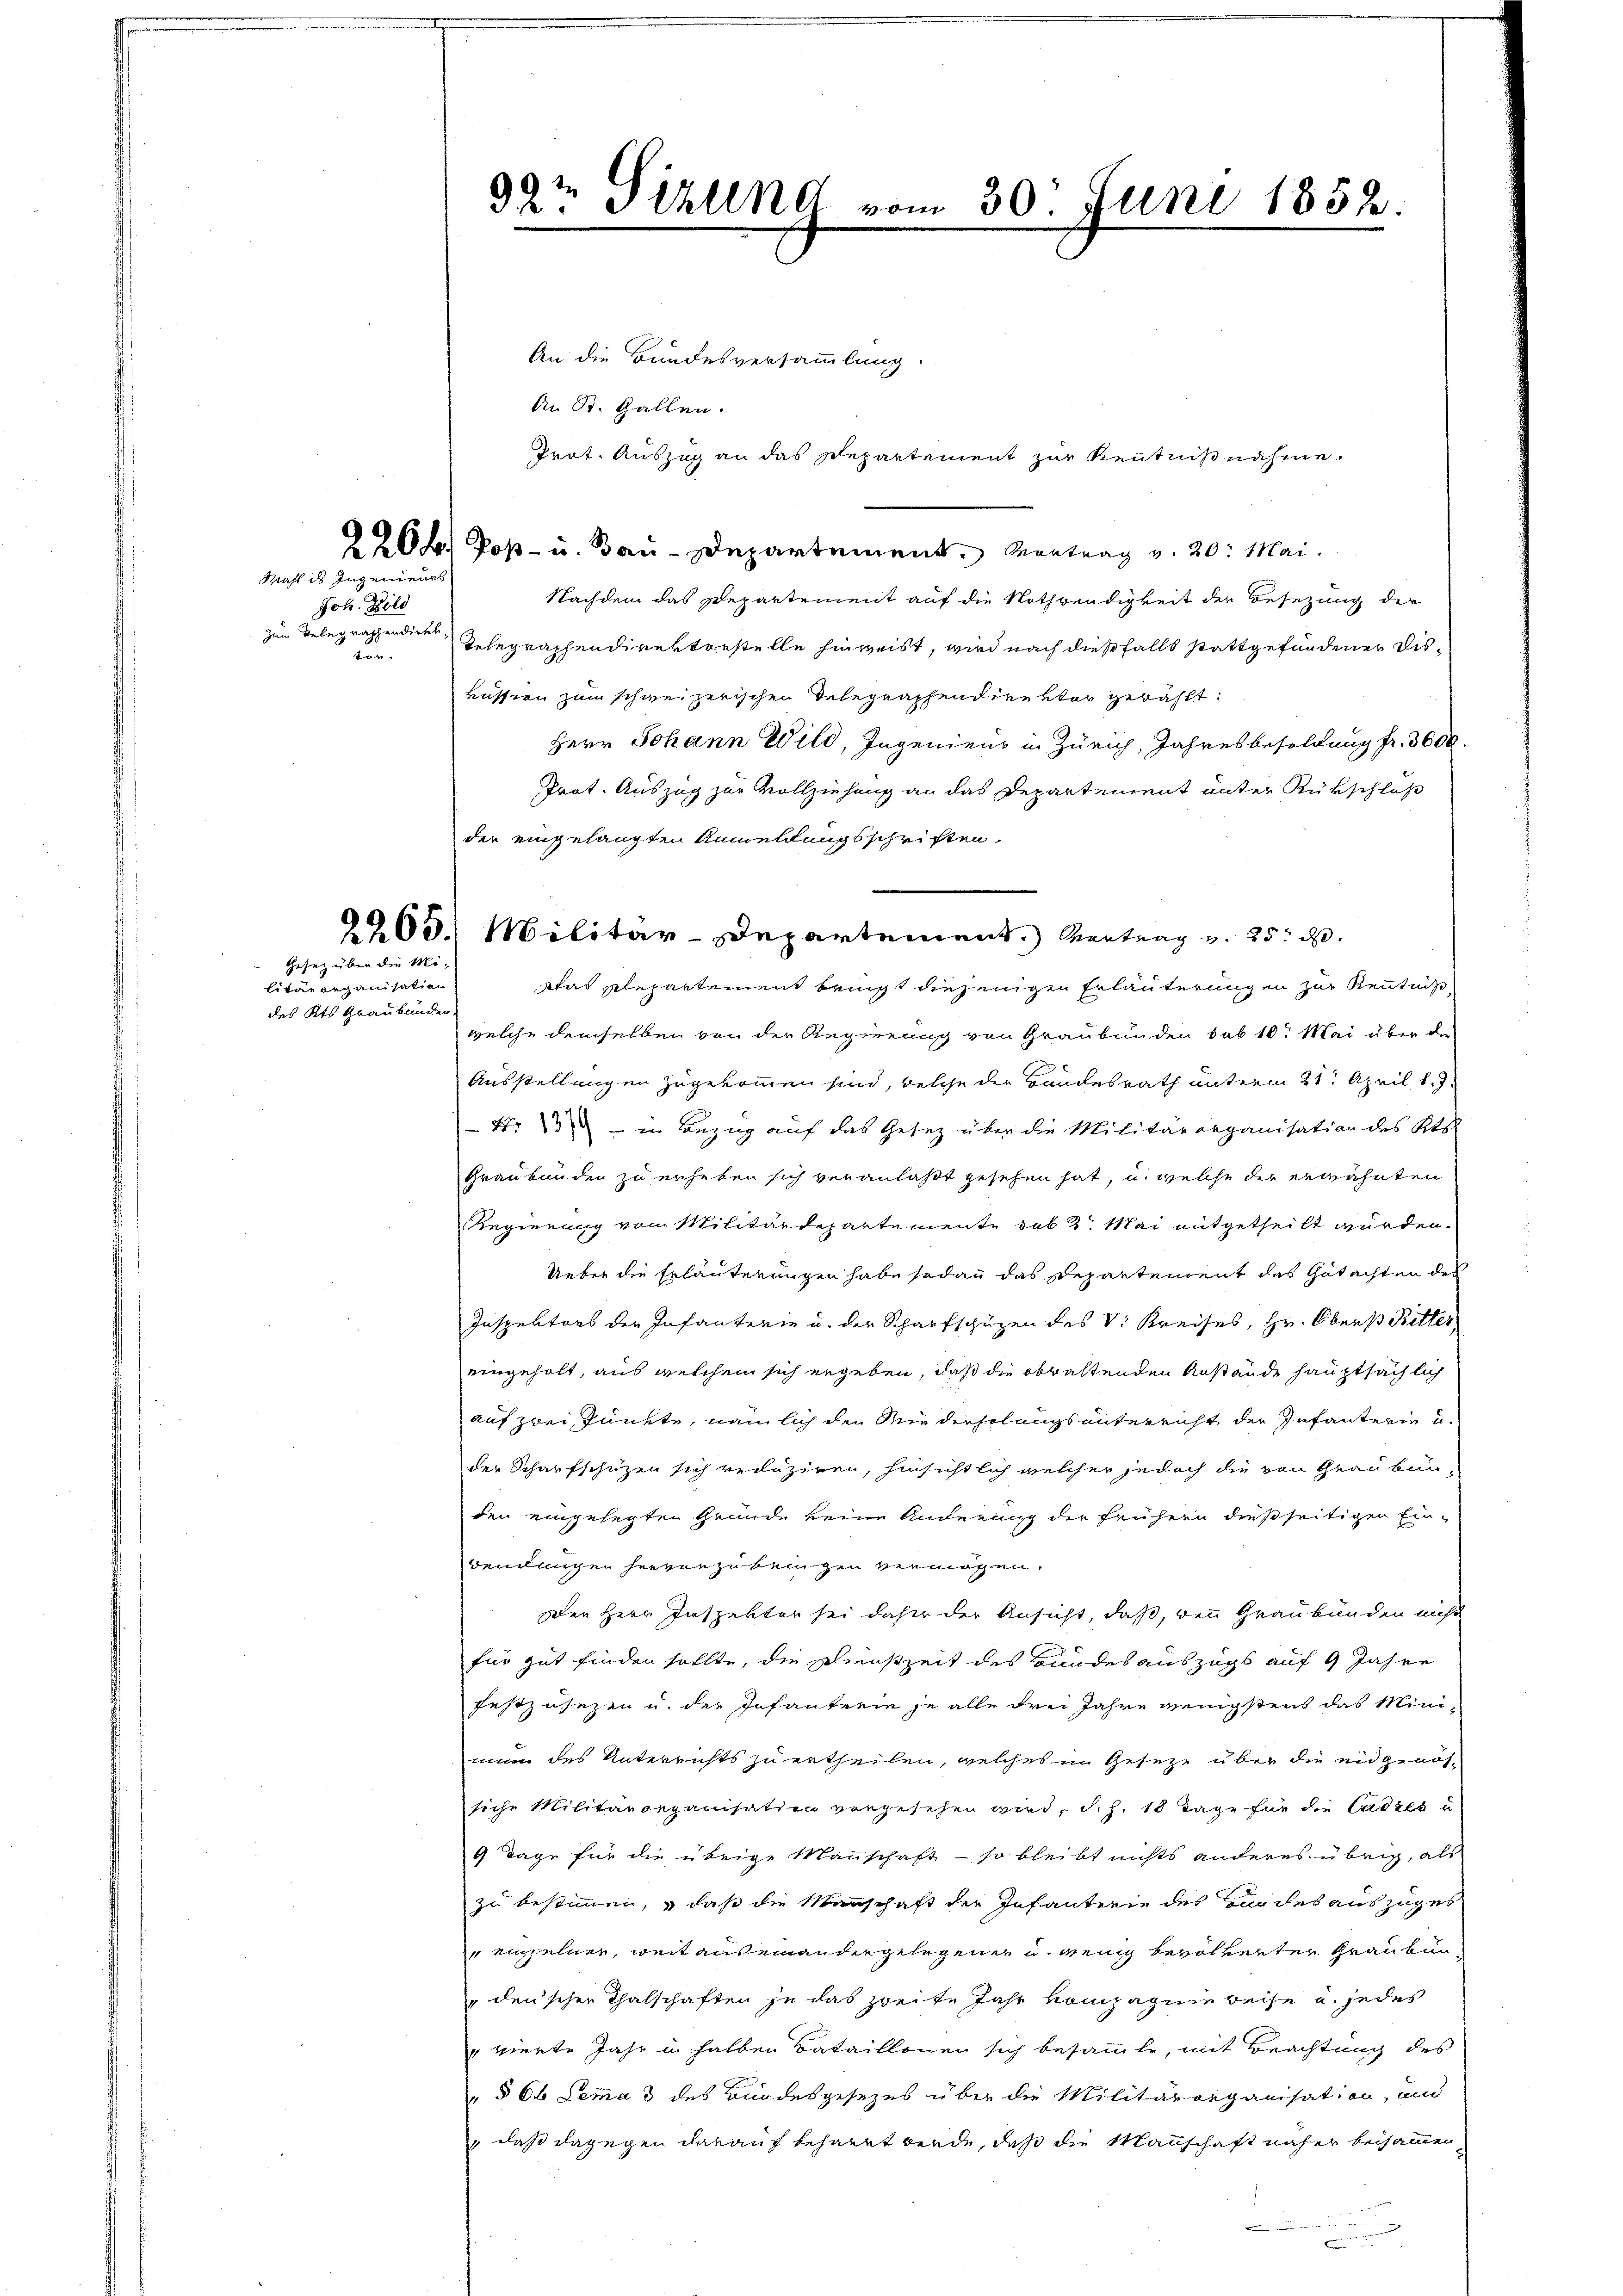
Mahl ds Ingenieurs

Joh. Bild
zum Telegraphendirter

Gesetz über die Mi¬

litärorganisation
des Kts Graubünden.

9
da. Schling vom 30. Juni 1852.

An St. Gallen.
2264) Poß- u. Bau-Departement. Montrag v. 20. Mai.
Nachdem das Departement auf die Nothwendigkeit der Besezung der
ter. Telegraphendirektestelle hinweist, wird nach dießfalls stattgefundener Disrussion zum schweizerischen Telegraphendirektor gewählt:
Herr Johann Wild, Ingenieus in Zürich, Jahresbesoldung fr. 3600.
Prot. Auszug zur Vollziehung an das Departendent unter Rükschlaß
der eingelangten Anmeldungsschriften.
das Repartement bringt diejenigen Erläuterungen zur Kenntniß
welche demselben von der Regierung von Graubünden sub 10. Mai über die
Ausstellungen zugekommen sind, welche der Bundesrath unterm 21. April l. J.
Nr   in Bezug auf das Gesetz über die Militärorganisation des Kts.
Graubünden zu erheben sich veranlaßt gesehen hat, u. welche der erwähnten
Regierung vom Militärdepartemente sub 2. Mai mitgetheilt wurden.
Ueber die Erläuterungen habe sodann das Departendent das Gutachten des
Inspektors der Infanterie u. der Scharfschüzen des V. Kreises, Hr. Oberst Ritter,
eingeholt, aus welchem sich ergeben, daß die obwaltenden Anstände hauptsächlich
auf zwei Punkte, nämlich den Wie der solangs unterricht der Infanterie u.
der Scharfschützen sich reduziren, hinsichtlich welcher jedoch die von Graubün-
den eingelegten Grunde keine Anderung der frühern dießseitigen Ein-
wendungen hervon zu beigen vermögen.
Der Herr Inspektor sei daher der Ansicht, daß, denn Graubünden nicht
für gut finden sollte, die Dienstzeit des Bundesauszugs auf 9 Jahre
festzusezen u. der Infanterie je alle drei Jahre wenigstens das Minimun des Unterrichts zu ertheilen, welches im Geseze über die eidgenössiche Militärorganisation vorgesehen wird, d.h. 18 Tage für die Cadres u
9 Tage für die übrige Mannschaft - so bleibt nichts anderes übrig, als
zu bestimmen, daß die Mannschaft der Infanterie des Zürches auszuges
 einzelner, weit auseinander gelegener u. wenig bevölkerter Graubun¬
" denscher Thalschaften je das zweite Jahr kompagnie beise u. jedes
" vierte Jahr in halben Bataillonen sich besammte, mit Beachtung des
" § 66 Lemma 3 des Bundesgesezes über die Militärorganisation, und
" daß dagegen darauf beharrt werde, daß die Mannschaft näher beisammen,

An die Bundesversammlung.
Prat. Auszug an das Departement zur Kenntnißnahme.

2263. Militär-Departement. Vertrag u. 25. d.